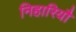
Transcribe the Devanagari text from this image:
निहारियौ